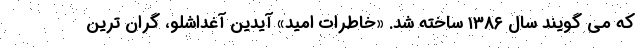
که می گویند سال ۱۳۸۶ ساخته شد. «خاطرات امید» آیدین آغداشلو، گران ترین